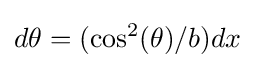
d\theta =(\cos ^{2}(\theta )/b)dx